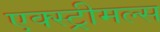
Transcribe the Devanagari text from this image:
एक्स्ट्रीमल्स